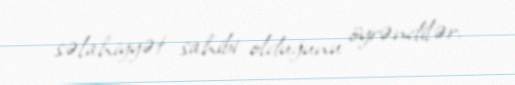
səlahiyyət sahibi olduğunu öyrəndilər.